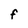
Character: F